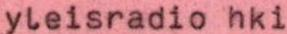
yleisradio hki